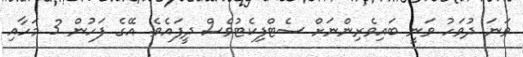
ވަނަ ދުވަހު ވަނީ ބައިވެރިންނަށް ސެޓްފިކެޓުވެސް ދީފައެވެ. އޭގެ ފަހުން 3 މަހާއި